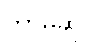
ဘာမဆို